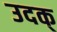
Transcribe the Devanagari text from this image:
उदक्